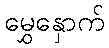
မွှေနှောက်